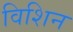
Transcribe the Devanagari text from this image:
विशिन